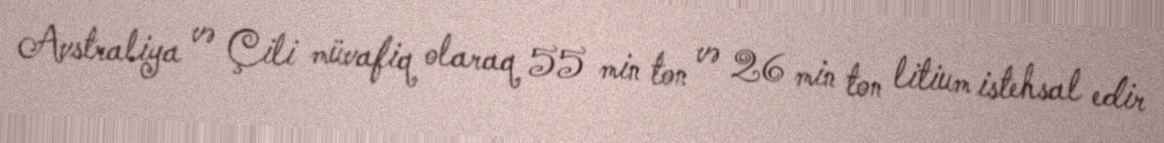
Avstraliya və Çili müvafiq olaraq 55 min ton və 26 min ton litium istehsal edir